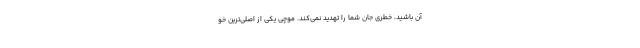
آن باشید، خطری جان شما را تهدید نمی‌کند. موچی یکی از اصلی‌ترین خو